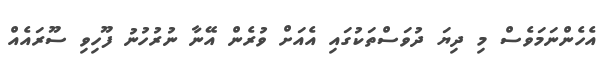
އެހެންނަމަވެސް މި ދިޔަ ދުވަސްތަކުގައި އެއަށް ވުރެން އޭނާ ނުރުހުނު ފޫހިވި ސޫރައެއް